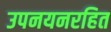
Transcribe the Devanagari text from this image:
उपनयनरहित